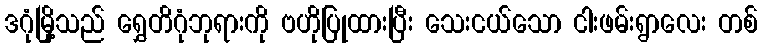
ဒဂုံမြို့သည် ရွှေတိဂုံဘုရားကို ဗဟိုပြုထားပြီး သေးငယ်သော ငါးဖမ်းရွာလေး တစ်